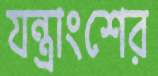
যন্ত্রাংশের